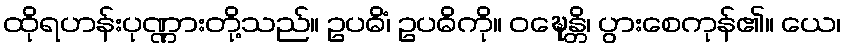
ထိုရဟန်းပုဏ္ဏားတို့သည်။ ဥပဓိံ၊ ဥပဓိကို။ ဝဍ္ဎေန္တိ၊ ပွားစေကုန်၏။ ယေ၊